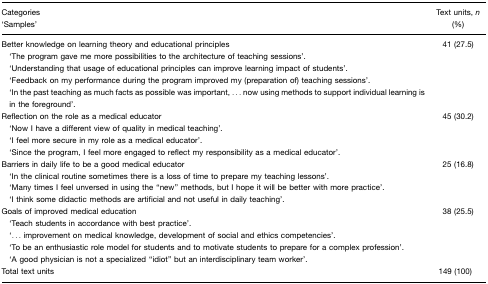
<table><thead><tr><td><b>Categories ‘Samples’</b></td><td><b>Text units, <i>n</i> (%)</b></td></tr></thead><tbody><tr><td>Better knowledge on learning theory and educational principles‘The program gave me more possibilities to the architecture of teaching sessions’.‘Understanding that usage of educational principles can improve learning impact of students’.‘Feedback on my performance during the program improved my (preparation of) teaching sessions’.‘In the past teaching as much facts as possible was important, ... now using methods to support individual learning is in the foreground’.</td><td>41 (27.5)</td></tr><tr><td>Reflection on the role as a medical educator‘Now I have a different view of quality in medical teaching’.‘I feel more secure in my role as a medical educator’.‘Since the program, I feel more engaged to reflect my responsibility as a medical educator’.</td><td>45 (30.2)</td></tr><tr><td>Barriers in daily life to be a good medical educator‘In the clinical routine sometimes there is a loss of time to prepare my teaching lessons’.‘Many times I feel unversed in using the “new” methods, but I hope it will be better with more practice’.‘I think some didactic methods are artificial and not useful in daily teaching’.</td><td>25 (16.8)</td></tr><tr><td>Goals of improved medical education‘Teach students in accordance with best practice’.‘... improvement on medical knowledge, development of social and ethics competencies’.‘To be an enthusiastic role model for students and to motivate students to prepare for a complex profession’.‘A good physician is not a specialized “idiot” but an interdisciplinary team worker’.</td><td>38 (25.5)</td></tr><tr><td>Total text units</td><td>149 (100)</td></tr></tbody></table>